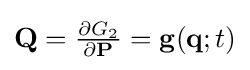
{\textstyle \mathbf {Q} ={\frac {\partial G_{2}}{\partial \mathbf {P} }}=\mathbf {g} (\mathbf {q} ;t)}